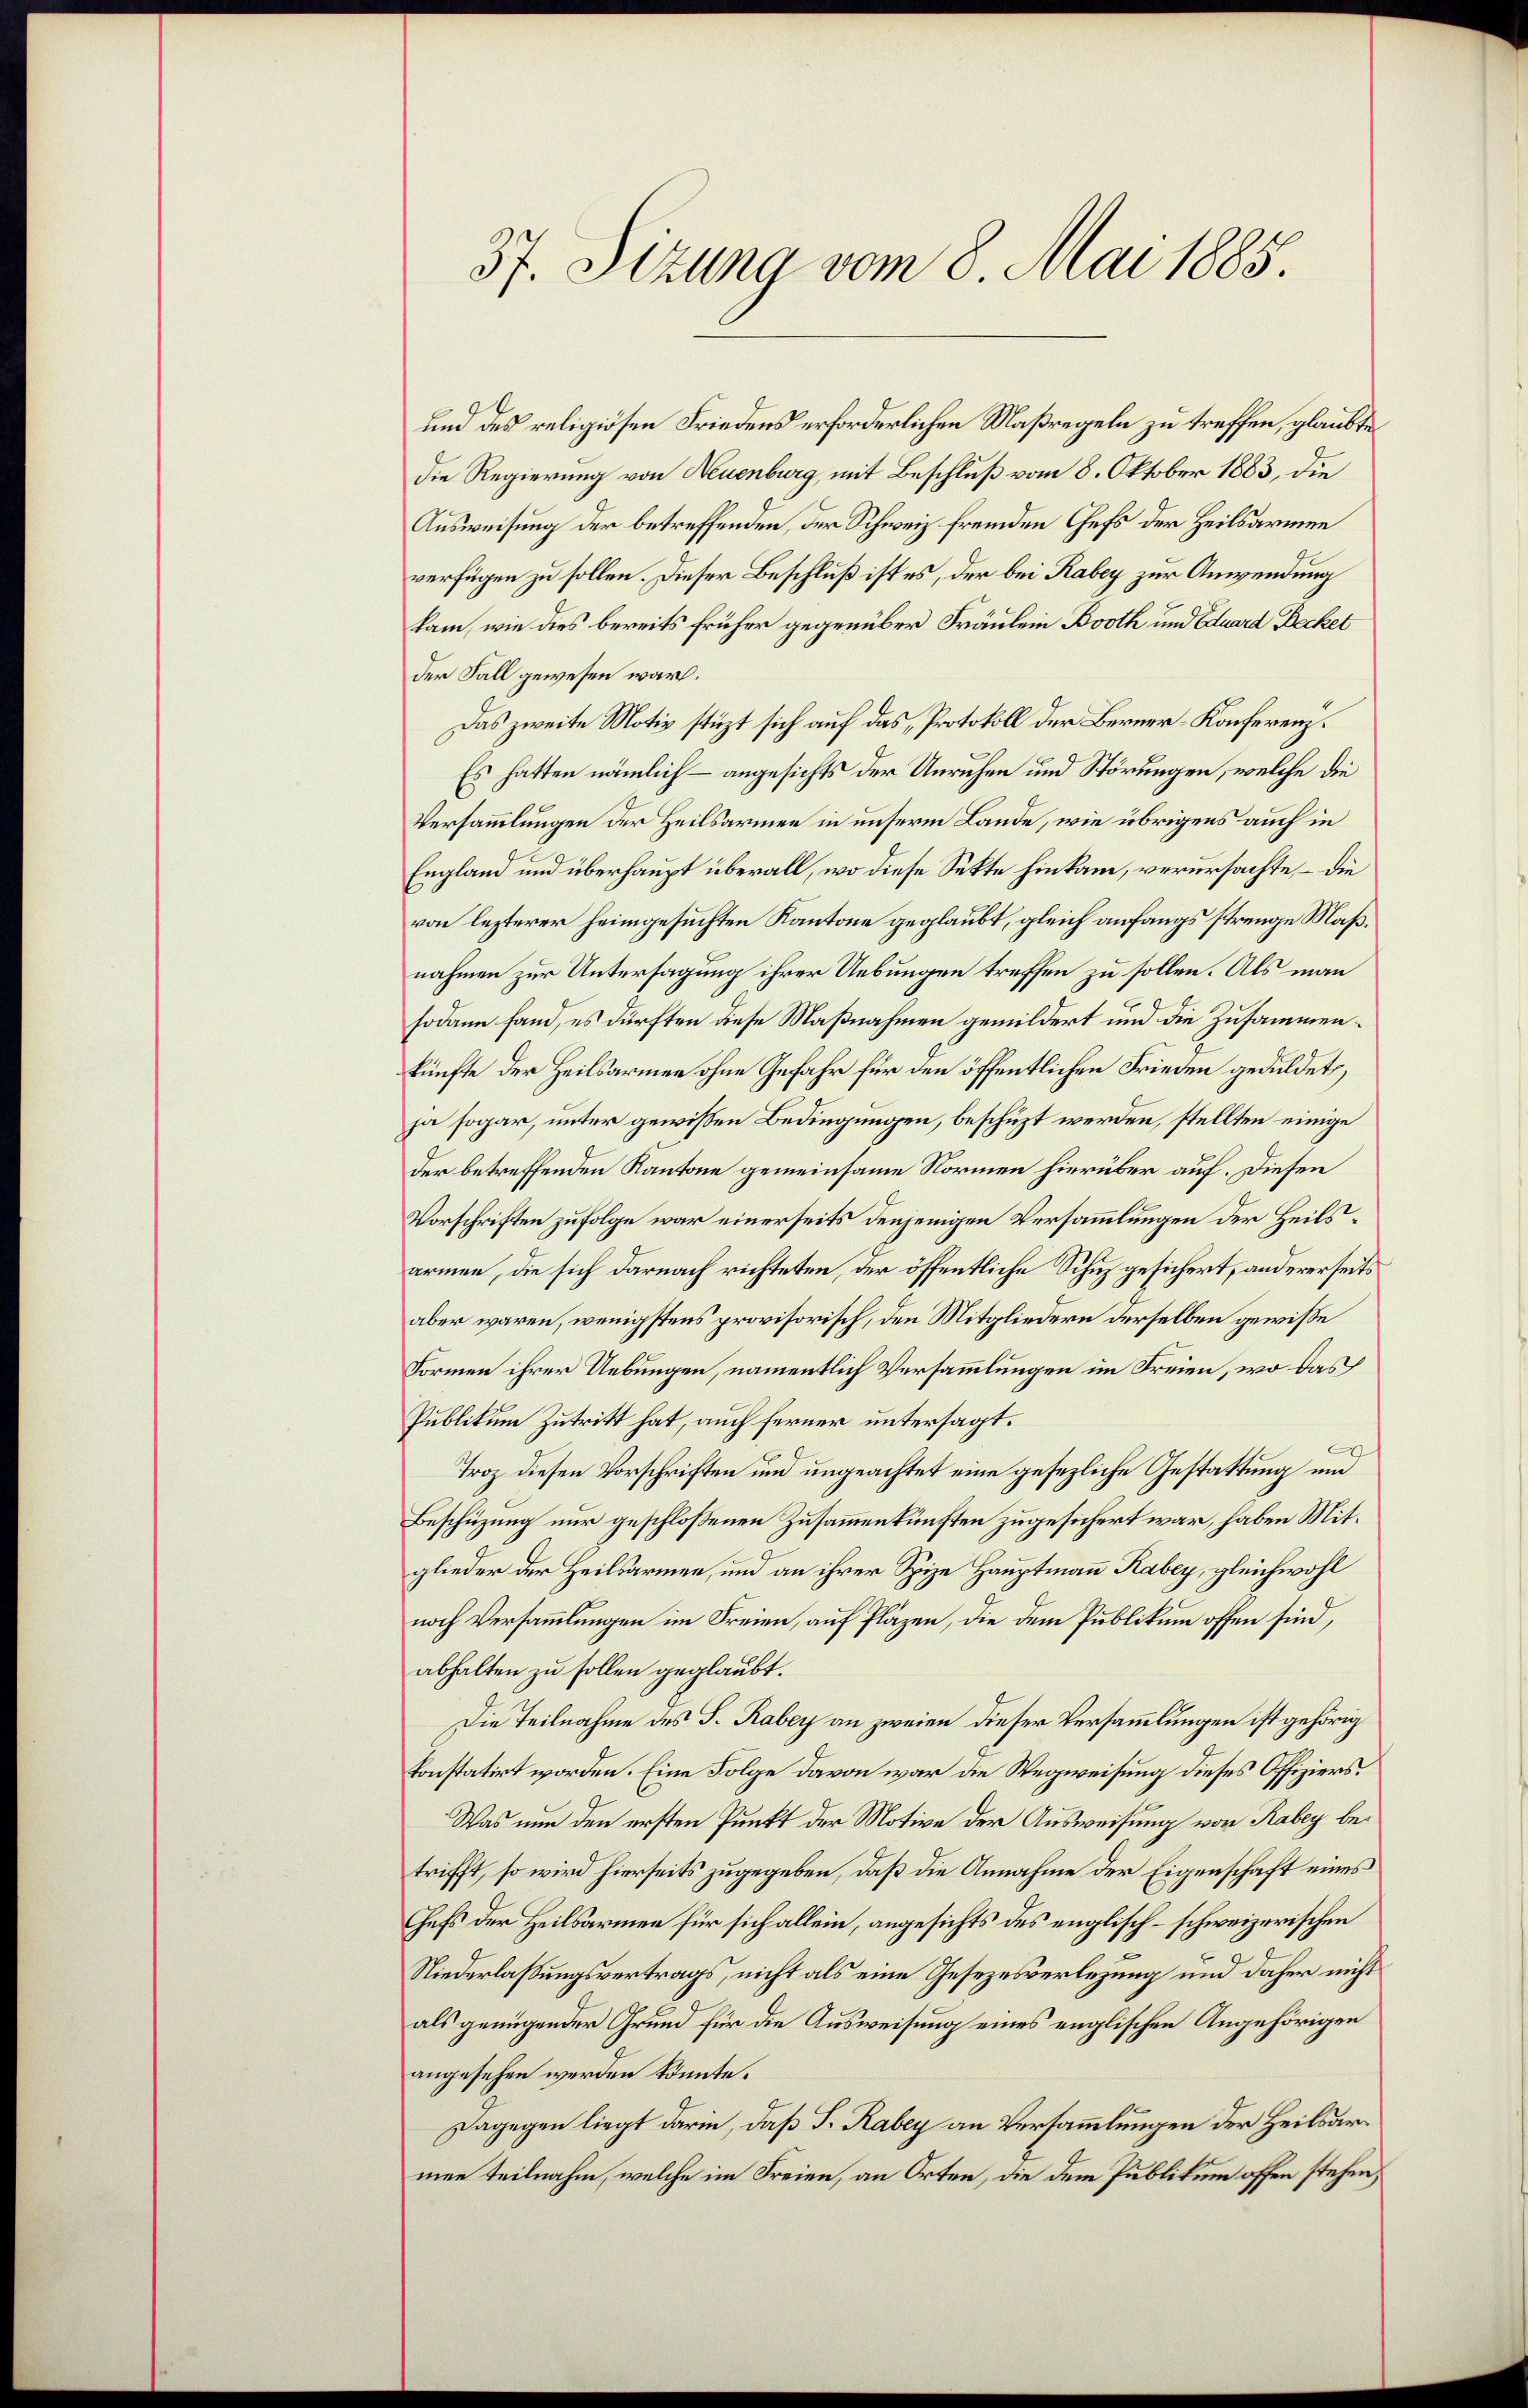
37. Sizung vom 8. Mai 1885.

und des religiösen Friedens erforderlichen Maßregeln zu treffen, glaubte
die Regierung von Neuenburg, mit Beschluß vom 8. Oktober 1883, die
Ausweisung der betreffenden, der Schweiz fremden Chefs der Heilsarmen
verfügen zu sollen. Dieser Beschluß ist es, der bei Rabey zur Anwendung
kam, wie dies bereits früher gegenüber Fräulein Broth und Eduard Becket
der Fall gewesen war.
Das zweite Motiv stüzt sich auf das Protokoll der Berner-Konferenz.
Es hatten nämlich – angesichts der Unruhen und Störungen, welche die
Versammlungen der Heilsarmee in unserm Lande, wie übrigens auch in
England und überhaupt überall, wo diese Sekte hinkam, verursachte, – die
von lezterer heimgesuchten Kantone geglaubt, gleich anfangs strenge Maßnahmen zur Untersagung ihrer Uebungen treffen zu sollen. Als man
sodann fand, es dürften diese Maßnahmen gemildert und die Zusammenkünfte der Heilsarmen ohne Gefahr für den öffentlichen Frieden geduldet,
ja sogar, unter gewissen Bedingungen, beschüzt werden, stellten einige
der betreffenden Kantone gemeinsame Normen hierüber auf. Diesen
Vorschriften zufolge war einerseits denjenigen Versammlungen der Heilsarmen, die sich darnach richteten, der öffentliche Schuz gesichert, andererseits
aber waren, wenigstens provisorisch, den Mitgliedern derselben gewiße
Formen ihrer Uebungen, namentlich Versammlungen im Freien, wo das
Publikum Zutritt hat, auch ferner untersagt.
C
Troz diesen Vorschriften und ungeachtet eine gesezliche Gestattung und
Beschüzung nur geschlossenen Zusammenkünften zugesichert war, haben Mitglieder der Heilsarmen, und an ihrer Spize Hauptmann Rabey, gleichwohl
noch Versammlungen im Freien, auf Pläzen, die dem Publikum offen sind,
abhalten zu sollen geglaubt.
Die Teilnahme des S. Rabey an zweien dieser Versammlungen ist gehörig
konstatirt worden. Eine Folge davon war die Wegweisung dieses Offiziers¬
Was nun den ersten Punkt der Motive der Ausweisung von Rabey betrifft, so wird hierseits zugegeben, daß die Annahme der Eigenschaft eines
Chefs der Heilsarmen für sich allein, angesichts des englisch-schweizerischen
Niederlassungsvertrags, nicht als eine Gesezesverlegung und daher nicht
als genügender Grund für die Ausweisung eines englischen Angehörigen
angesehen werden könnte.
Dagegen liegt darin, daß F. Rabey an Versammlungen der Heilsarmen teilnahm, welche im Freien, an Orten, die dem Publikum offen stehen,